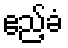
ဧည့်ခံ